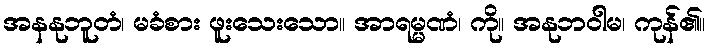
အနနုဘူတံ၊ မခံစား ဖူးသေးသော။ အာရမ္မဏံ၊ ကို။ အနုဘဝါမ၊ ကုန်၏။